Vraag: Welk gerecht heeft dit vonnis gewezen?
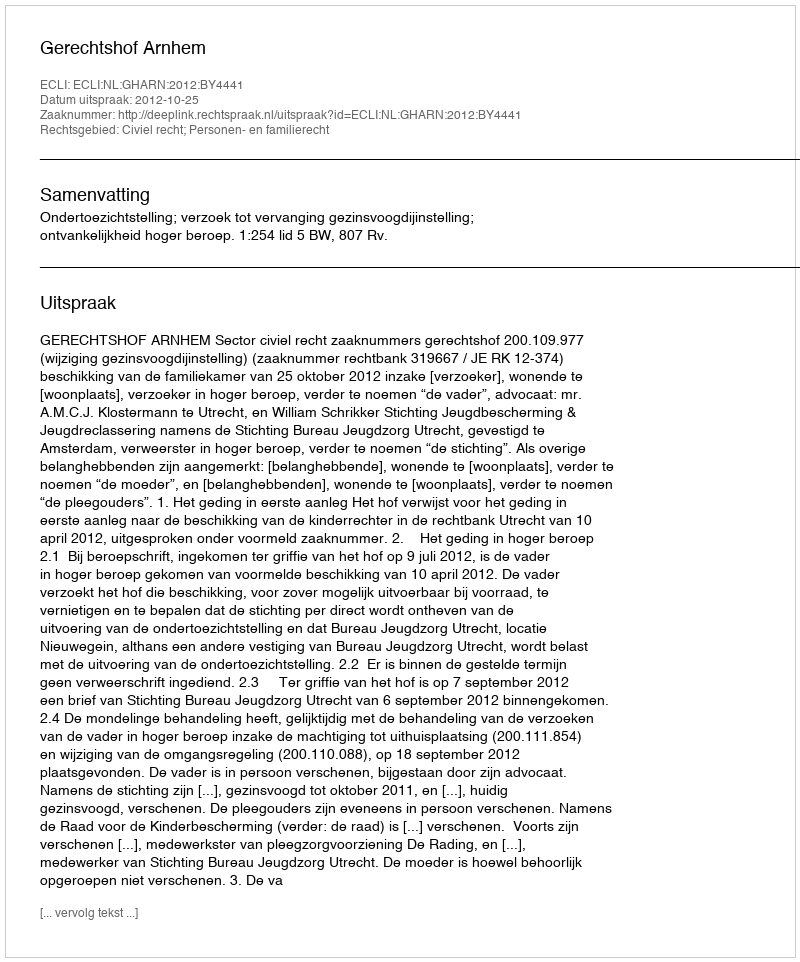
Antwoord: Gerechtshof Arnhem